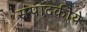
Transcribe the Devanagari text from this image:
संपादकीये